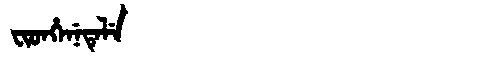
Manchu: ᠸᡳᡨᡥᡝᠨᡝᡨᡝᠯᡝ
Romanization: FITHENETELE